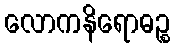
လောကနိရောဓဉ္စ